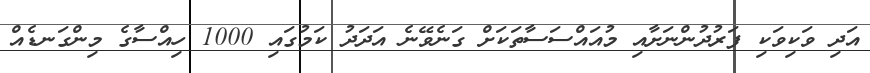
އަދި ވަކިވަކި ފަރުދުންނަށާއި މުއައްސަސާތަކަށް ގަނެވޭނެ އަދަދު ކަމުގައި 1000 ހިއްސާގެ މިންގަނޑެއް